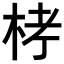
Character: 𣑥